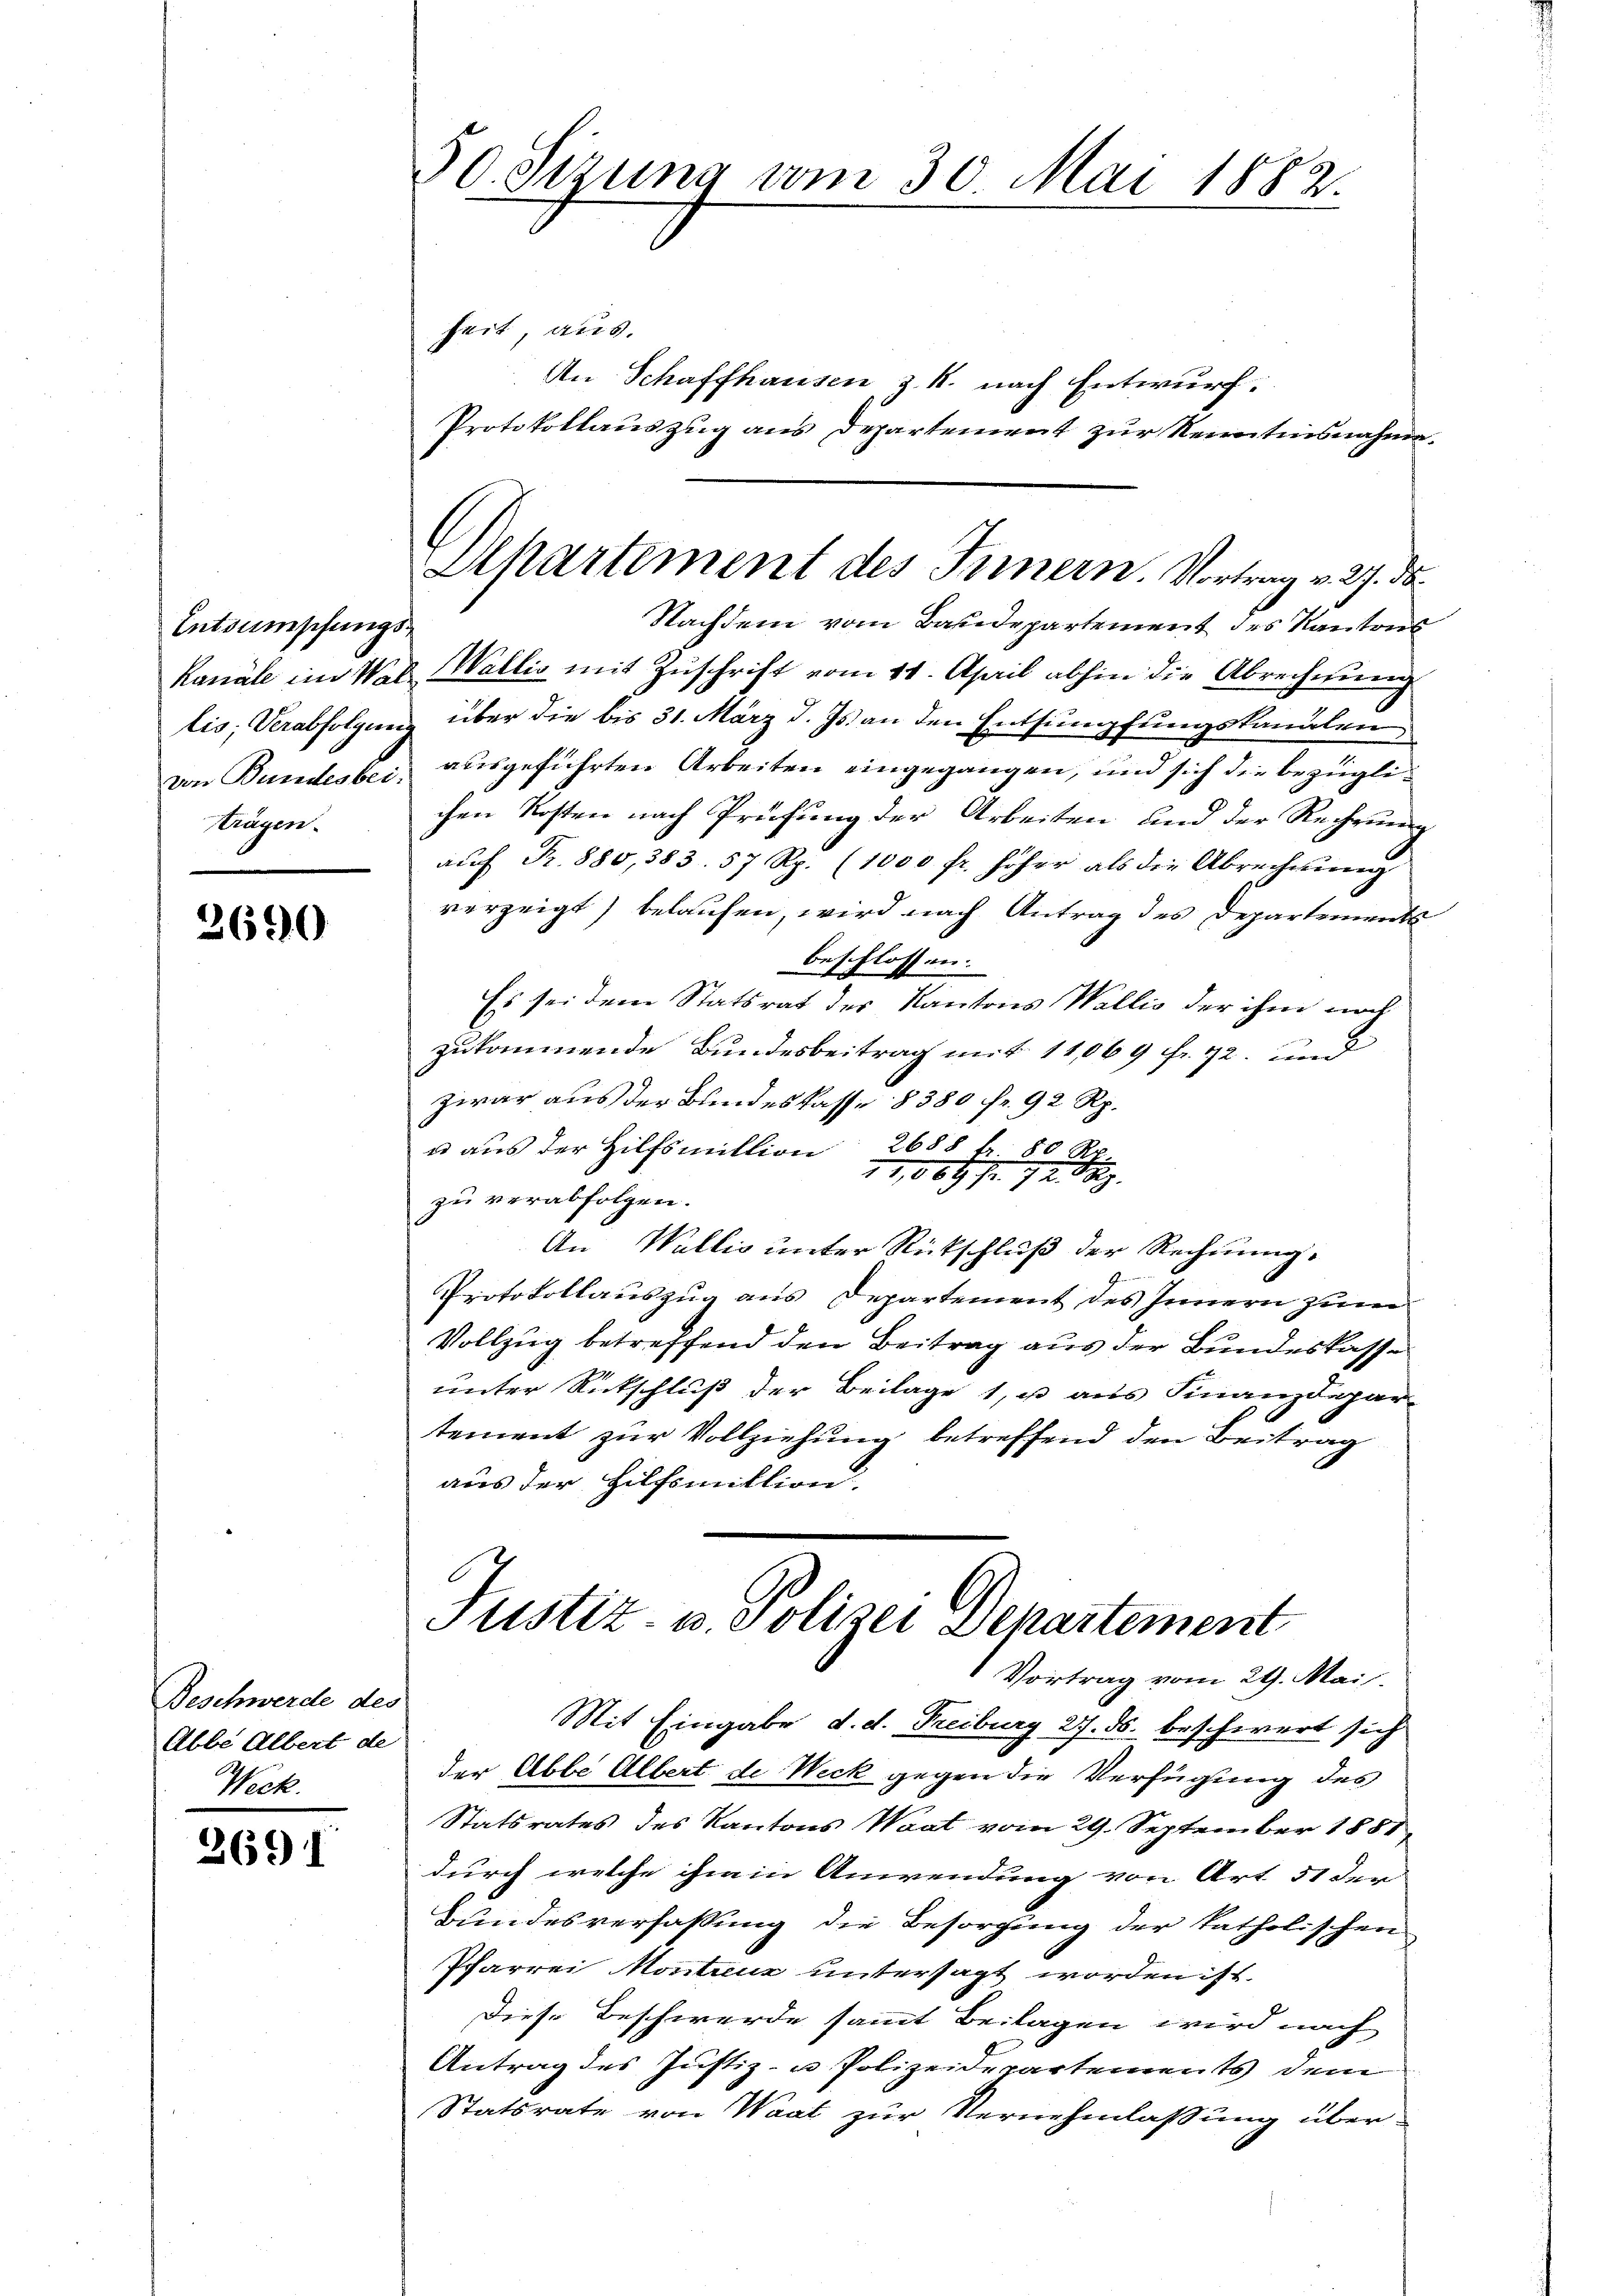
Entsumpfungslis; Verabfolgung
von Bundesbeiträgen.

2690

Beschwerde des
Abbe Albert de
Weck.

2691

50. Sizung vom 30. Mai 1882.

Departement des Innern. Vortrag v. 27. ds.

heit, aus.
An Schaffhausen z. R. nach Entwurf:
Protokollauszug aus Departement zur Kenntnisnahme¬
Nachdem vom Baudepartement des Kantons
Kanäle im Mit Wallis mit Zuschrift vom 11. April abhin die Abrechnung
über die bis 31. März d. Js. an den Entsumpfungskanalen,
ausgeführten Arbeiten eingegangen, und sich die bezüglichen Kosten nach Prüfung der Arbeiten und der Rechnung
aŭf Fr. 880, 383. 57 Rp. (1000 fr. höher als die Abrechnŭng
verzeigt) belaufen, wird nach Antrag des Departements
beschlossen:
Es sei dem Statsrat des Kantons Wallis der ihm noch
zukommende Bundesbeitrag mit 11,069 fr. 72. und
zwar aus der Bundeskasse 8380 fr. 92 Rp.
u aus der Hilfsmillion 2688 l. 80 A
17,069 Fr. 12. Bz.
zu verabfolgen.
An Wallis unter Rütschluß der Rechnung.
Protokollauszug aus Departement des Innern zum
Vollzug betreffend den Beitrag aus der Bundeskasse
unter Rückschluß der Beilage 1, u aus Finanzdepar-
tement zur Vollziehung betreffend den Beitrag
aus der Hilfsmittion.
Justiz- u. Polizei Departement
Vortrag vom 29. Mai.
Mit Eingabe d. d. Freiburg 27. ds. beschwert sich
der Abbe Albert de Weck gegen die Verfügung des
Statsrates des Kantons Waat vom 29. September 1881
durch welche ihren Anwendung von Art. 51 der
Bundesverfassung die Besorgung der katholischen
Pfarrei Monteur untersagt worden ist.
Diese Beschwerde sammt Beilagen wird nach
Antrag des Justiz- u Polizeidepartements dem
Statsrate von Waat zur Vernehmlassung über-